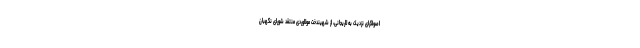
اصولگرای نزدیک به لاریجانی، از شهیندخت مولاوردی منتقد شورای نگهبان